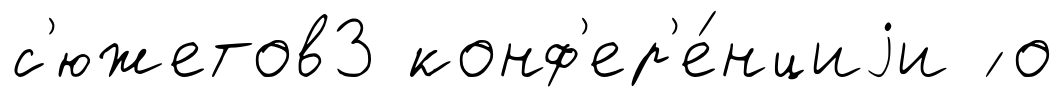
с'южетов3 конф'ер'е́нциjи ́ о